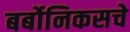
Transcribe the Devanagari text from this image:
बर्बोनिकसचे